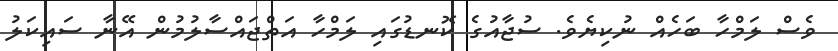
ވެސް ލަމްހާ ބަހެއް ނުކިޔެވެ. ސުޖާއުގެ ކޮނޑުގައި ލަމްހާ އަތްޖައްސާލުމުން އޭނާ ސައިކަލު